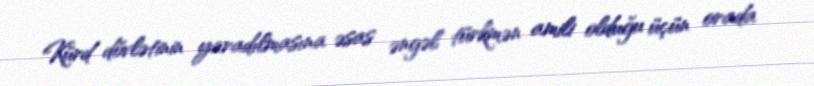
Kürd dövlətinin yaradılmasına əsas əngəl türkmən amili olduğu üçün orada